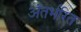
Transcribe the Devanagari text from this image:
अंतर्भरित